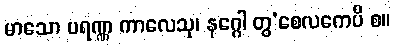
မာသော ပရဏ္ဏ ကာလေသု၊ နဂ္ဂေါ တွ’စေလကေပိ စ။